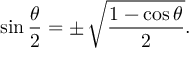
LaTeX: \sin { \frac { \theta } { 2 } } = \pm \, { \sqrt { \frac { 1 - \cos \theta } { 2 } } } .